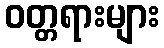
ဝတ္တရားများ